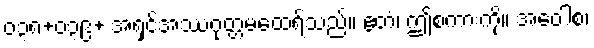
ဝ၃၈+ဝ၃၉+ အရှင်အဿဂုတ္တမထေရ်သည်။ ဧတံ၊ ဤစကားကို။ အဝေါစ၊